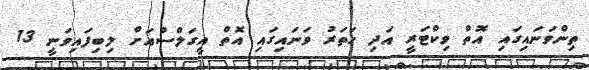
ތިންވަނައިގައި އޮތް ވިކްޓަރީ އަދި ހަތަރު ވަނައިގައި އޮތް އީގަލްސްއަށް ލިބިފައިވަނީ 13